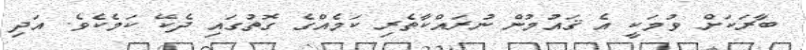
ބާރަކަށް ވުމަކީ އެ ޤައުމުން ނުރައްކާތެރި ކަމެއްގެ ގޮތުގައި ދެކޭ ކަމެކެވެ. އަދި